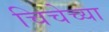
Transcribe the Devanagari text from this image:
चिचेच्या